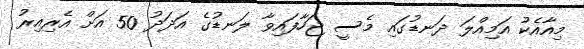
މިއާއެކު އަމިއްލަ ދަނޑުގައި މެސީ ޖަހާފައިވާ ލަނޑުގެ އަދަދު 50 އަށް އެރިއިރު